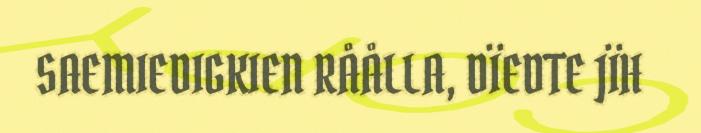
SAEMIEDIGKIEN RÅÅLLA, DÏEDTE JÏH